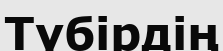
Түбірдің